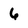
Character: 6